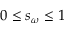
0 \leq s _ { \omega } \leq 1